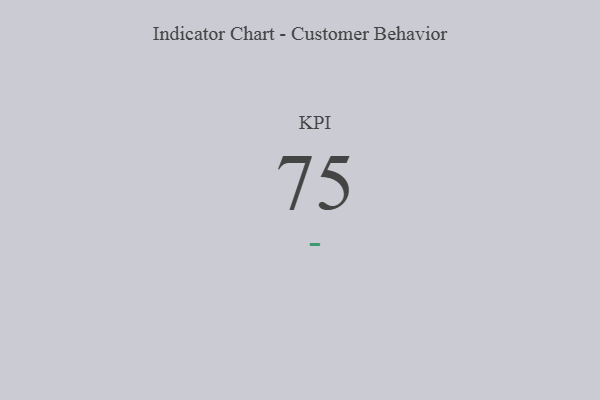
{"axis": {"x": "KPI", "y": "Value"}, "legend": [""], "data": [{"x": "KPI", "y": 75, "type": ""}]}